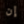
إن